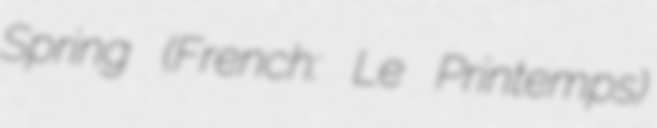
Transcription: Spring (French: Le Printemps)